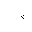
Letter: _non